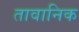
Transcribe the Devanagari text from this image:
तावानिक